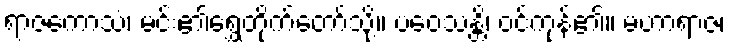
ရာဇကောသံ၊ မင်း၏ရွှေတိုက်တော်သို့။ ပဝေသန္တိ၊ ဝင်ကုန်၏။ မဟာရာဇ၊